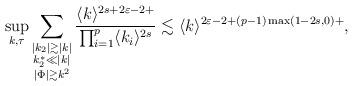
LaTeX: \begin{align*}\sup_{k,\tau}\sum_{\substack{|k_2|\gtrsim |k|\\k_2^*\ll |k|\\|\Phi|\gtrsim k^2}} \frac{\langle k\rangle^{2s+2\varepsilon-2+}}{\prod_{i=1}^p\langle k_i\rangle^{2s}}\lesssim \langle k\rangle^{2\varepsilon -2+(p-1)\max(1-2s, 0)+},\end{align*}